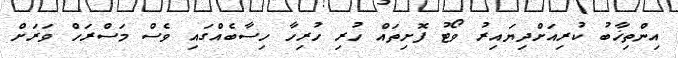
އިންތިޚާބު ކުރިއަށްދިޔައިރު ވޯޓު ފޮށިތައް ހުރި ހުރިހާ ހިސާބެއްގައި ވެސް މަސްރަހް ވަރަށް